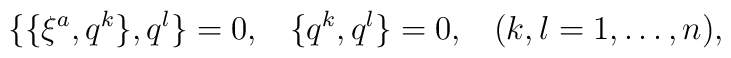
\{\{\xi ^a,q^k\},q^l\}=0,\;\;\;\{q^k,q^l\}=0,\;\;\;(k,l=1,\ldots ,n),